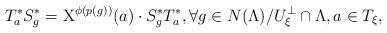
LaTeX: \begin{align*}T_a^*S_g^*=\mathrm{X}^{\phi(p(g))}(a)\cdot S_g^*T_a^*, \forall g\in N(\Lambda)/U_\xi^\perp\cap\Lambda, a\in T_\xi,\end{align*}